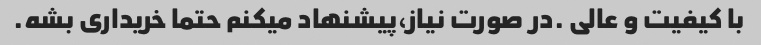
با کیفیت و عالی .در صورت نیاز،پیشنهاد میکنم حتما خریداری بشه.